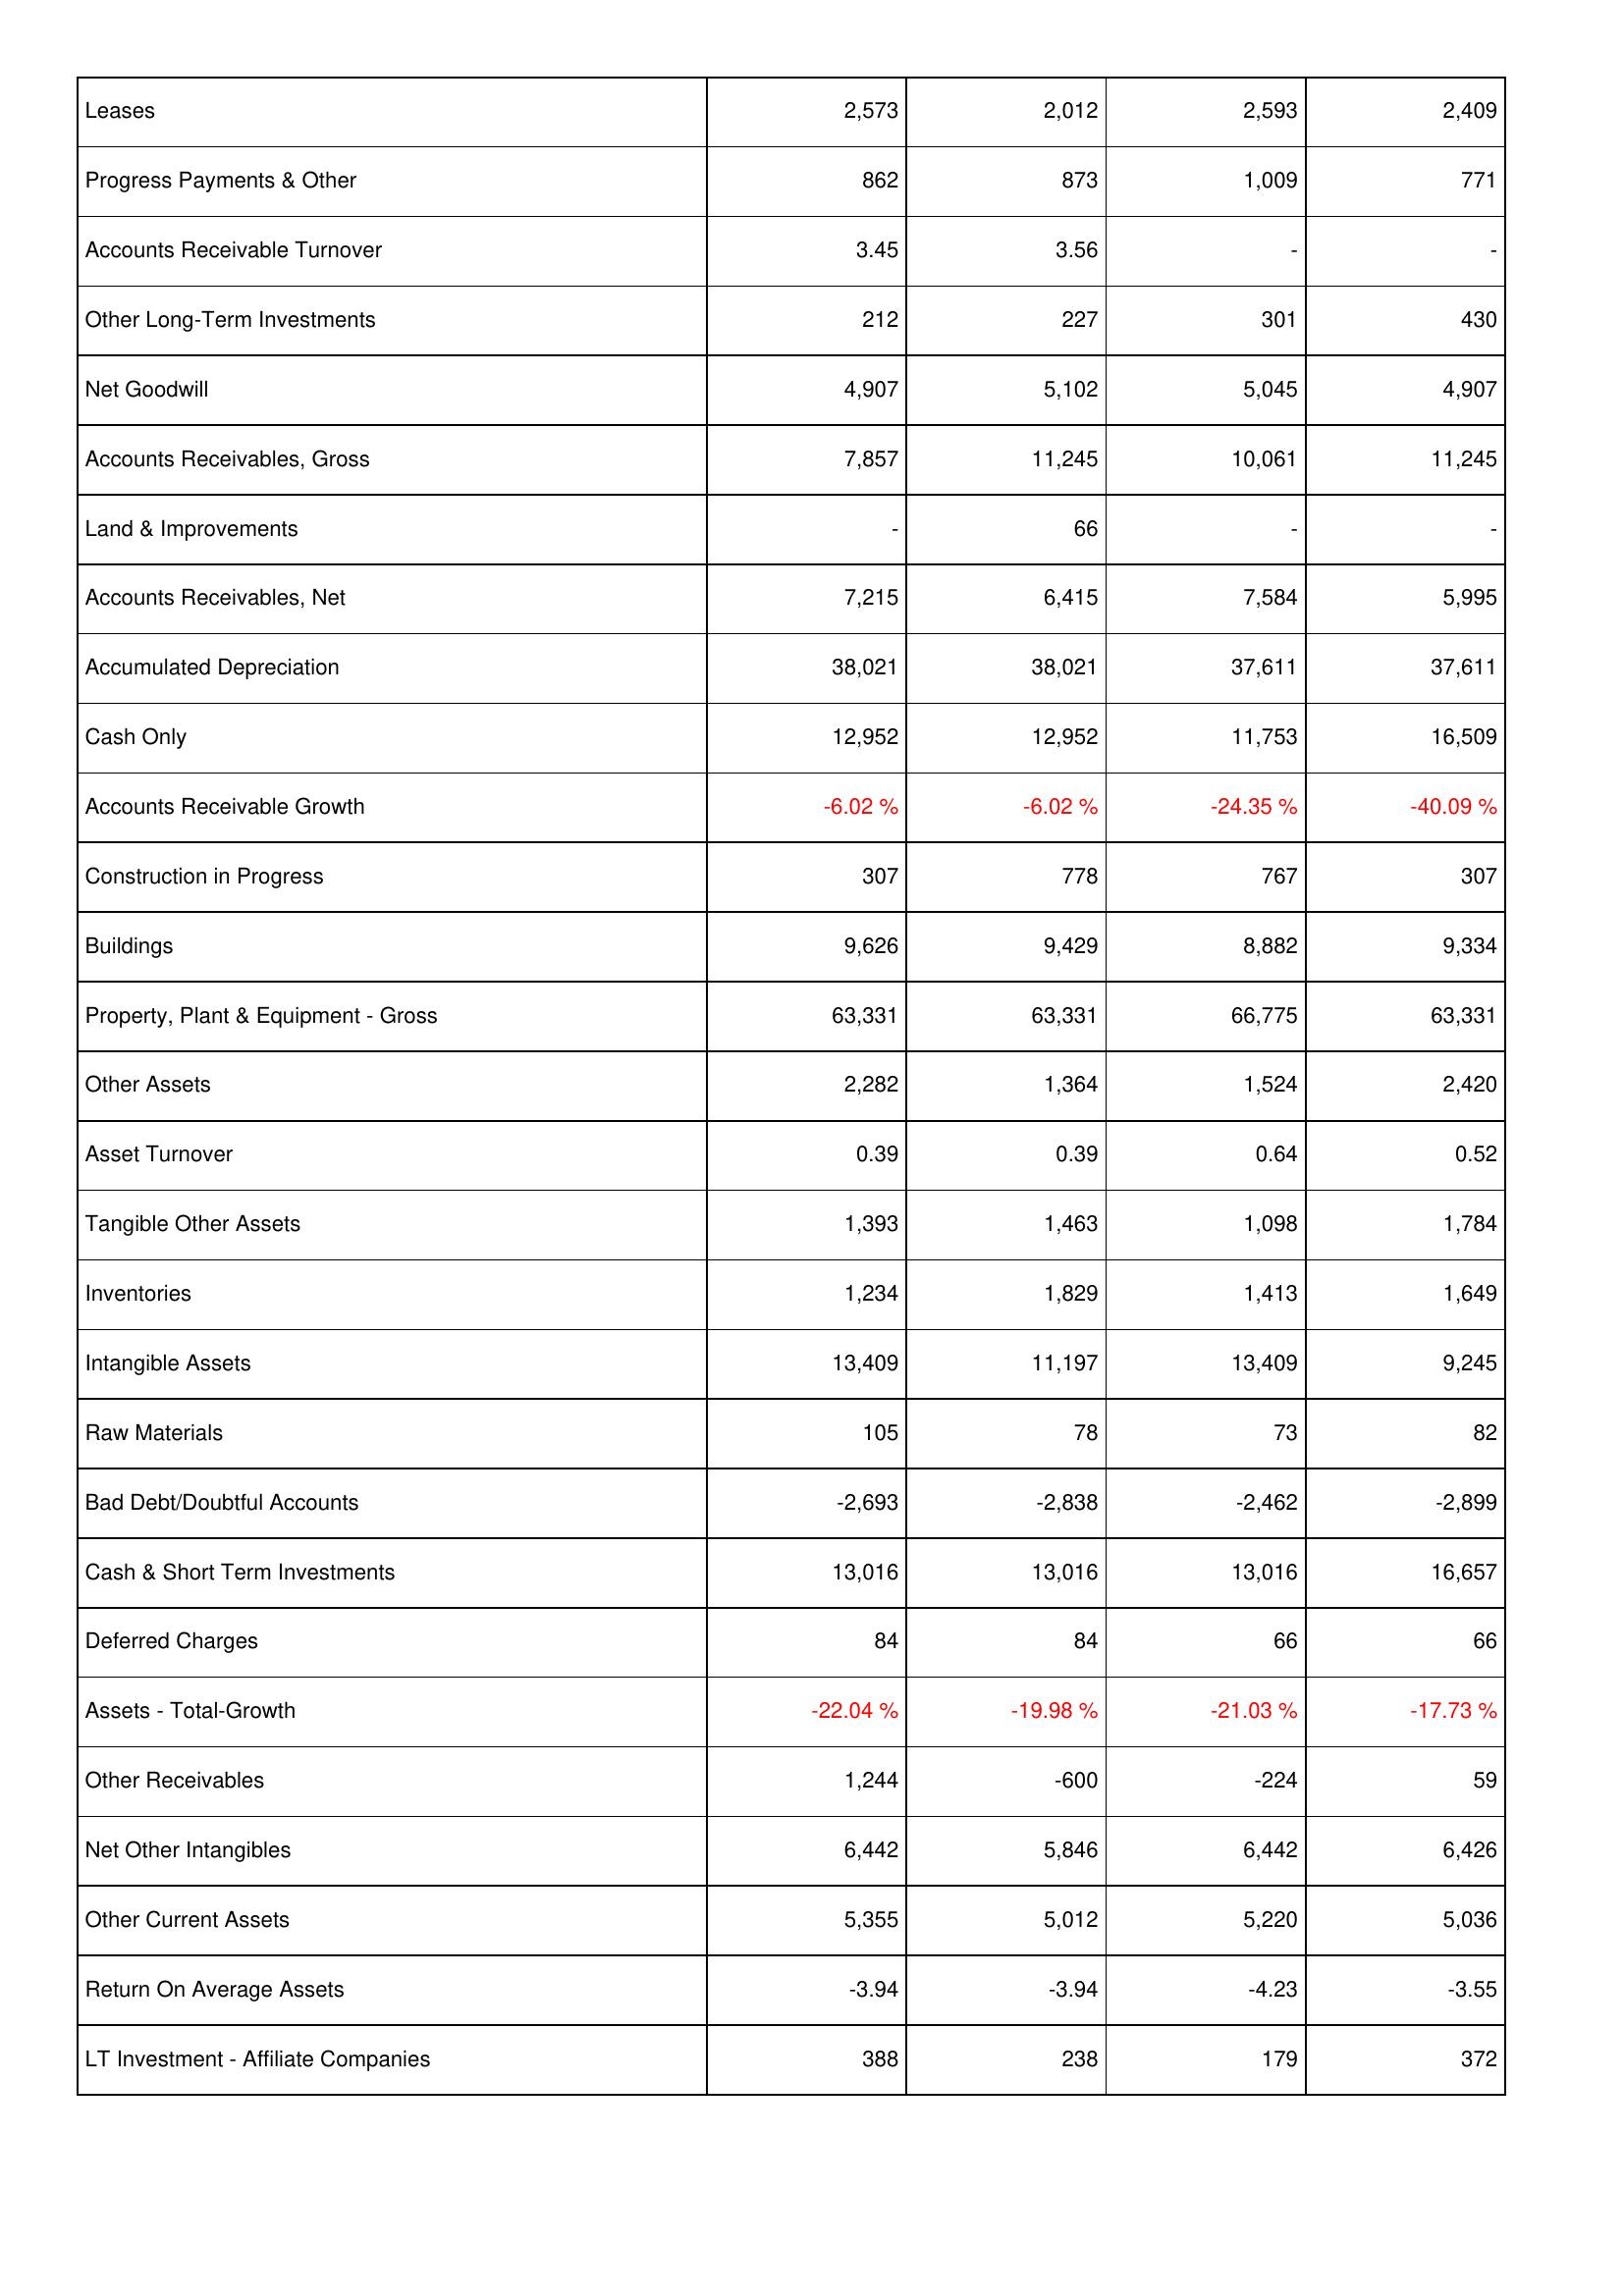
2013: Assets: Leases: 2,573
Progress Payments & Other: 862
Accounts Receivable Turnover: 3.45
Other Long-Term Investments: 212
Net Goodwill: 4,907
Accounts Receivables, Gross: 7,857
Land & Improvements: -
Accounts Receivables, Net: 7,215
Accumulated Depreciation: 38,021
Cash Only: 12,952
Accounts Receivable Growth: -6.02 %
Construction in Progress: 307
Buildings: 9,626
Property, Plant & Equipment - Gross: 63,331
Other Assets: 2,282
Asset Turnover: 0.39
Tangible Other Assets: 1,393
Inventories: 1,234
Intangible Assets: 13,409
Raw Materials: 105
Bad Debt/Doubtful Accounts: -2,693
Cash & Short Term Investments: 13,016
Deferred Charges: 84
Assets - Total-Growth: -22.04 %
Other Receivables: 1,244
Net Other Intangibles: 6,442
Other Current Assets: 5,355
Return On Average Assets: -3.94
LT Investment - Affiliate Companies: 388
2014: Assets: Leases: 2,012
Progress Payments & Other: 873
Accounts Receivable Turnover: 3.56
Other Long-Term Investments: 227
Net Goodwill: 5,102
Accounts Receivables, Gross: 11,245
Land & Improvements: 66
Accounts Receivables, Net: 6,415
Accumulated Depreciation: 38,021
Cash Only: 12,952
Accounts Receivable Growth: -6.02 %
Construction in Progress: 778
Buildings: 9,429
Property, Plant & Equipment - Gross: 63,331
Other Assets: 1,364
Asset Turnover: 0.39
Tangible Other Assets: 1,463
Inventories: 1,829
Intangible Assets: 11,197
Raw Materials: 78
Bad Debt/Doubtful Accounts: -2,838
Cash & Short Term Investments: 13,016
Deferred Charges: 84
Assets - Total-Growth: -19.98 %
Other Receivables: -600
Net Other Intangibles: 5,846
Other Current Assets: 5,012
Return On Average Assets: -3.94
LT Investment - Affiliate Companies: 238
2015: Assets: Leases: 2,593
Progress Payments & Other: 1,009
Accounts Receivable Turnover: -
Other Long-Term Investments: 301
Net Goodwill: 5,045
Accounts Receivables, Gross: 10,061
Land & Improvements: -
Accounts Receivables, Net: 7,584
Accumulated Depreciation: 37,611
Cash Only: 11,753
Accounts Receivable Growth: -24.35 %
Construction in Progress: 767
Buildings: 8,882
Property, Plant & Equipment - Gross: 66,775
Other Assets: 1,524
Asset Turnover: 0.64
Tangible Other Assets: 1,098
Inventories: 1,413
Intangible Assets: 13,409
Raw Materials: 73
Bad Debt/Doubtful Accounts: -2,462
Cash & Short Term Investments: 13,016
Deferred Charges: 66
Assets - Total-Growth: -21.03 %
Other Receivables: -224
Net Other Intangibles: 6,442
Other Current Assets: 5,220
Return On Average Assets: -4.23
LT Investment - Affiliate Companies: 179
2016: Assets: Leases: 2,409
Progress Payments & Other: 771
Accounts Receivable Turnover: -
Other Long-Term Investments: 430
Net Goodwill: 4,907
Accounts Receivables, Gross: 11,245
Land & Improvements: -
Accounts Receivables, Net: 5,995
Accumulated Depreciation: 37,611
Cash Only: 16,509
Accounts Receivable Growth: -40.09 %
Construction in Progress: 307
Buildings: 9,334
Property, Plant & Equipment - Gross: 63,331
Other Assets: 2,420
Asset Turnover: 0.52
Tangible Other Assets: 1,784
Inventories: 1,649
Intangible Assets: 9,245
Raw Materials: 82
Bad Debt/Doubtful Accounts: -2,899
Cash & Short Term Investments: 16,657
Deferred Charges: 66
Assets - Total-Growth: -17.73 %
Other Receivables: 59
Net Other Intangibles: 6,426
Other Current Assets: 5,036
Return On Average Assets: -3.55
LT Investment - Affiliate Companies: 372